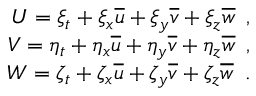
\begin{array} { r } { U = \xi _ { t } + \xi _ { x } \overline { { u } } + \xi _ { y } \overline { { v } } + \xi _ { z } \overline { { w } } \, \mathrm { ~ , ~ } } \\ { V = \eta _ { t } + \eta _ { x } \overline { { u } } + \eta _ { y } \overline { { v } } + \eta _ { z } \overline { { w } } \, \mathrm { ~ , ~ } } \\ { W = \zeta _ { t } + \zeta _ { x } \overline { { u } } + \zeta _ { y } \overline { { v } } + \zeta _ { z } \overline { { w } } \, \mathrm { ~ . ~ } } \end{array}